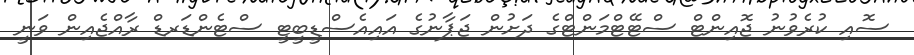
ސޮއި ކުރެވުނު ޖޮއިންޓް ސްޓޭޓްމަންޓްގެ ދަށުން ޖަޕާނުގެ އައިއެސްޑީބީޓީ ސްޓެންޑަރޑް ރާއްޖެއިން ވަނީ